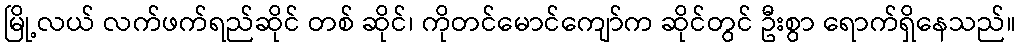
မြို့လယ် လက်ဖက်ရည်ဆိုင် တစ် ဆိုင်၊ ကိုတင်မောင်ကျော်က ဆိုင်တွင် ဦးစွာ ရောက်ရှိနေသည်။